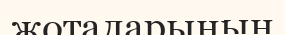
жоталарынын